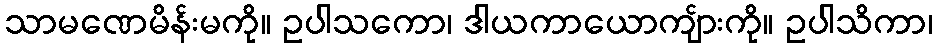
သာမဏေမိန်းမကို။ ဥပါသကော၊ ဒါယကာယောကျ်ားကို။ ဥပါသိကာ၊